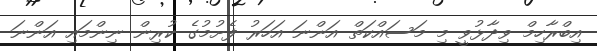
އިބްރާހިމް ވިދާޅުވީ މި މަސައްކަތް އަންނަ އަހަރު ފެށުމުގެ ކުރިން ނިންމައި އަންނަ